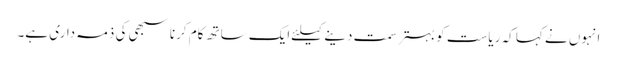
انہوں نے کہا کہ ریاست کو بہترسمت دینےکیلئےایک ساتھ کام کرنا سبھی کی ذمہ داری ہے۔